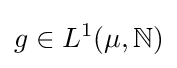
g\in L^{1}(\mu ,\mathbb {N} )